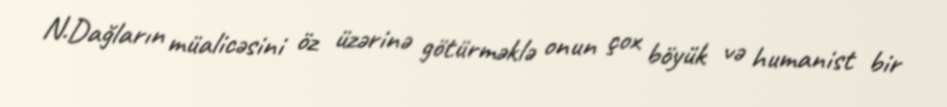
N.Dağların müalicəsini öz üzərinə götürməklə onun çox böyük və humanist bir